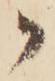
御